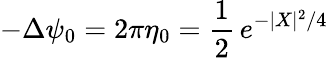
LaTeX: -\Delta\psi_{0}=2\pi\eta_{0}=\frac 12\, e^{-|X|^{2}/4}